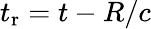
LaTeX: t_{\mathrm{r}}=t-R/c